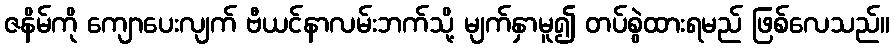
ဇနိမ်ကို ကျောပေးလျက် ဗီယင်နာလမ်းဘက်သို့ မျက်နှာမူ၍ တပ်စွဲထားရမည် ဖြစ်လေသည်။